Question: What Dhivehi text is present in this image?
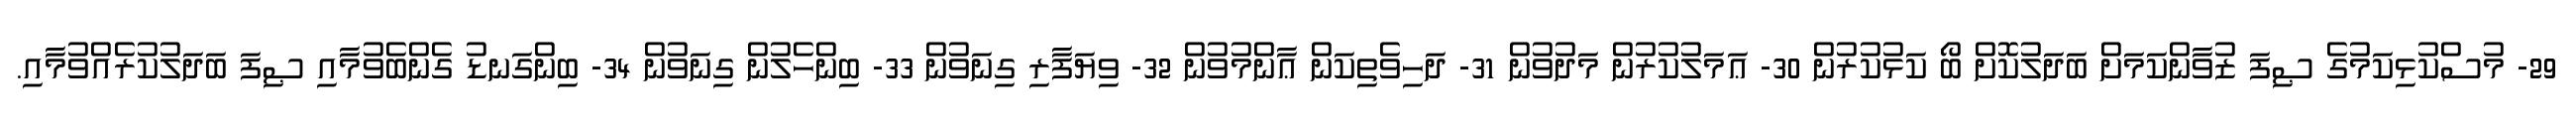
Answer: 29- މުސްކުޅިކަމުގެ ޞިފަ ޒުވާންކަމަށް ބަދަލުކޮށް ބޯ ކަޅުކުރުން 30- ޢަމަލުކުރުން މަދުވުން 31- ދަހިވެތިކަން ޢާންމުވުން 32- ވިޔަފާރި ގިނަވުން 33- ބިންހެލުން ގިނަވުން 34- ބިންގަނޑު ގެންބެވުމާއި ޞިފަ ބަދަލުކުރެއްވުމާއި.